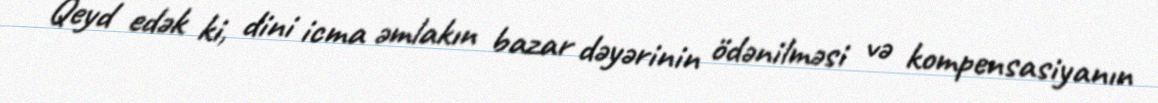
Qeyd edək ki, dini icma əmlakın bazar dəyərinin ödənilməsi və kompensasiyanın